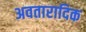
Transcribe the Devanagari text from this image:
अवतारादिक